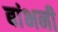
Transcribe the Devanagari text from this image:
बांभनी